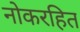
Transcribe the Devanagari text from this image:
नोकरहित